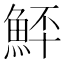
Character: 𩶨